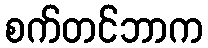
စက်တင်ဘာက